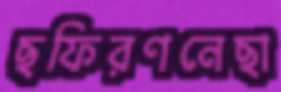
ছফিরণনেছা